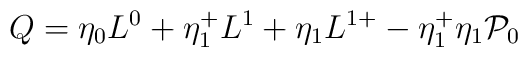
Q =\eta_0  L^0 + \eta^+_{1} L^1 + \eta_{1}  L^{1+}-\eta^{+}_{1}\eta_{1} {\cal{P}}_{0}